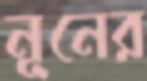
নূনের